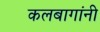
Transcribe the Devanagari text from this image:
कलबागांनी